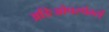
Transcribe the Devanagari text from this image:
अङिओपस्पेर्म्स्